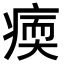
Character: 𤸂